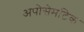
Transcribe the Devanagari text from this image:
अपोसेमटिक